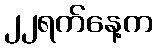
၂၂ရက်နေ့က